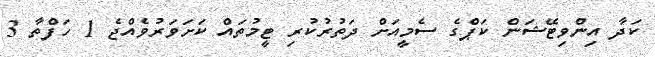
ކަދާ އިންވިޓޭޝަން ކަޕްގެ ސެމީއަށް ދަތުރުކުރި ޓީމުތައް ކަށަވަރުވެއްޖެ 1 ހަފްތާ 3